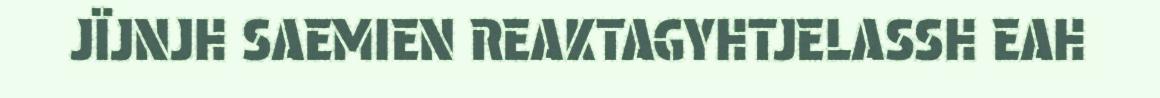
JÏJNJH SAEMIEN REAKTAGYHTJELASSH EAH